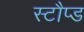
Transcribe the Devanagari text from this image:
स्टौप्ड